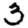
Digit: 3